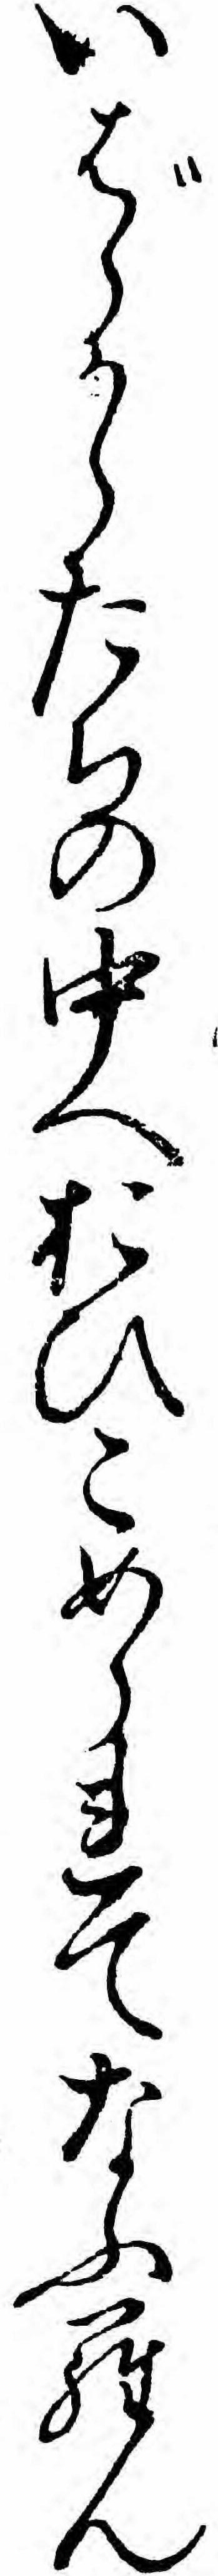
いばらからたちの中へおひこめられてなふらん